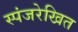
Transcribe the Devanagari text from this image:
स्पंजरेखित